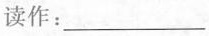
读作：______